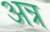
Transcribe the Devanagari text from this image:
अन्र